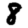
Digit: 8